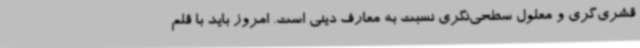
قشری‌گری و معلول سطحی‌نگری نسبت به معارف دینی است. امروز باید با قلم